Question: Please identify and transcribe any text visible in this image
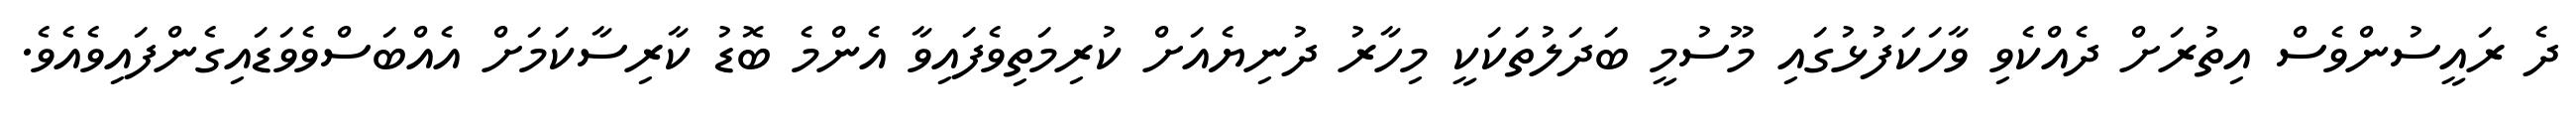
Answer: ދެ ރައީސުންވެސް އިތުރަށް ދެއްކެވި ވާހަކަފުޅުގައި މޫސުމީ ބަދަލުތަކަކީ މިހާރު ދުނިޔެއަށް ކުރިމަތިވެފައިވާ އެންމެ ބޮޑު ކާރިސާކަމަށް އެއްބަސްވެވަޑައިގެންފައިވެއެވެ.